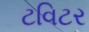
ટવિટર